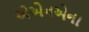
એએનએના